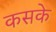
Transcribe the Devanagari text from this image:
कसके